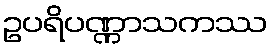
ဥပရိပဏ္ဏာသကဿ